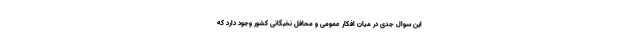
این سوال جدی در میان افکار عمومی و محافل نخبگانی کشور وجود دارد که